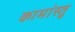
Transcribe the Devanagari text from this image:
कामांस्तु